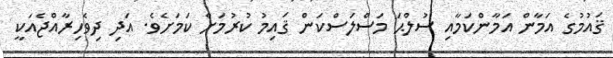
ޤައުމުގެ އަމާން އަމާންކަމާއި ސުލްޙަ މަސްލަސްކަން ޤައިމު ކުރުމަށް ކަމަށެވެ. އަދި ދިވެހިރާއްޖެއަކީ